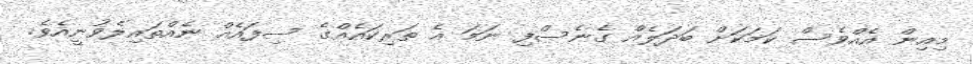
މިއިން އެއްވެސް ކަމަކަށް ބަދަލެއް ގެނެސްފި ނަމަ އެ ތަރިކައެއްގެ ސިފައެއް ނެއްތައިލެވުނީއެވެ.